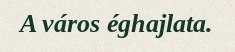
A város éghajlata.